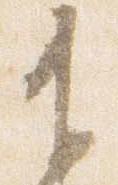
有